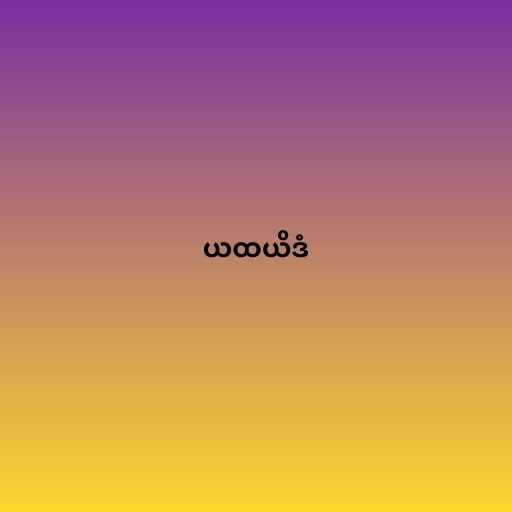
ယထယိဒံ